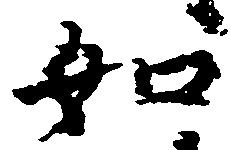
如